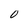
Character: 0